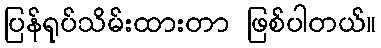
ပြန်ရုပ်သိမ်းထားတာ ဖြစ်ပါတယ်။